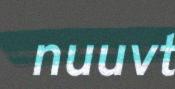
nuuvt